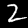
Label: 2